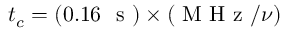
t _ { c } = ( 0 . 1 6 ~ \mathrm { ~ s ~ } ) \times ( \mathrm { ~ M ~ H ~ z ~ } / \nu )